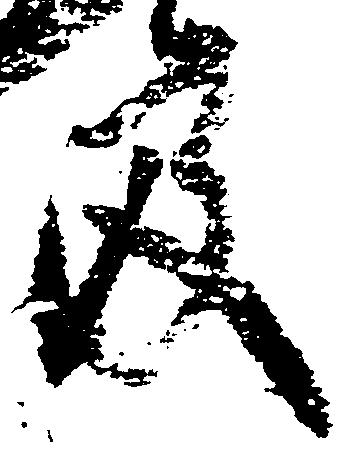
及